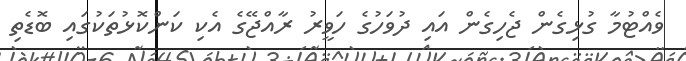
ވެއްޓުމާ ގުޅިގެން ޖެހިގެން އައި ދުވަހުގެ ހަވީރު ރާއްޖޭގެ އެކި ކަންކޮޅުތަކުގައި ބޮޑެތި